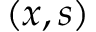
( x , s )